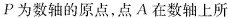
P为数轴的原点，点A在数轴上所